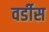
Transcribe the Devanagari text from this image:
वर्डीस